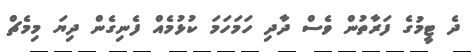
ދެ ޓީމުގެ ފަރާތުން ވެސް ދާދި ހަމަހަމަ ކުޅުމެއް ފެނިގެން ދިޔަ މިމެޗް